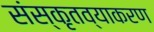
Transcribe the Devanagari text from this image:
संस्कृतव्याकरण